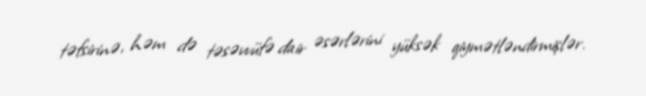
təfsirinə, həm də təsəvvüfə dair əsərlərini yüksək qiymətləndirmişlər.